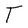
Character: T